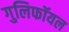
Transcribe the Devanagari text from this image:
गुलिफॉयल